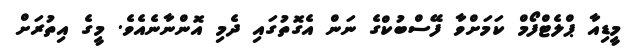
މީޑިއާ ޕްލެޓްފޯމް ކަމަށްވާ ފޭސްބުކްގެ ނަން އެގޮތުގައި ދެމި އޮންނާނެއެވެ. މީގެ އިތުރަށް